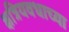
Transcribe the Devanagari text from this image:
क्षत्रियवधाच्या